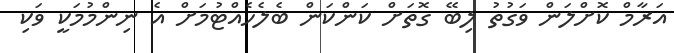
އަރާމް ކޮށްލަން ވަގުތު ލިބޭ ގޮތަށް ކަންކަަން ބެލެހެއްޓުމަށް އެ ނިންމުމަކީ ވަކި